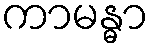
ကာမန္ဓာ